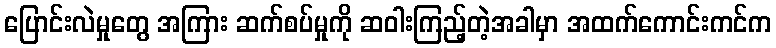
ပြောင်းလဲမှုတွေ အကြား ဆက်စပ်မှုကို ဆဝါးကြည့်တဲ့အခါမှာ အထက်ကောင်းကင်က